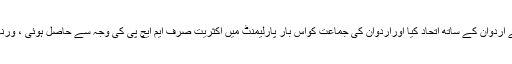
اسی کرد فیکٹر کی وجہ سے ترکی کی اہم ا ور پرانی نیشنلسٹ پارٹی MHP نے اردوان کے ساتھ اتحاد کیا اوراردوان کی جماعت کواس بار پارلیمنٹ میں اکثریت صرف ایم ایچ پی کی وجہ سے حاصل ہوئی ، ورنہ ان کی پارٹی سات نشستیں کم ہونے کے باعث سادہ اکثریت نہیں لے پائی تھی۔